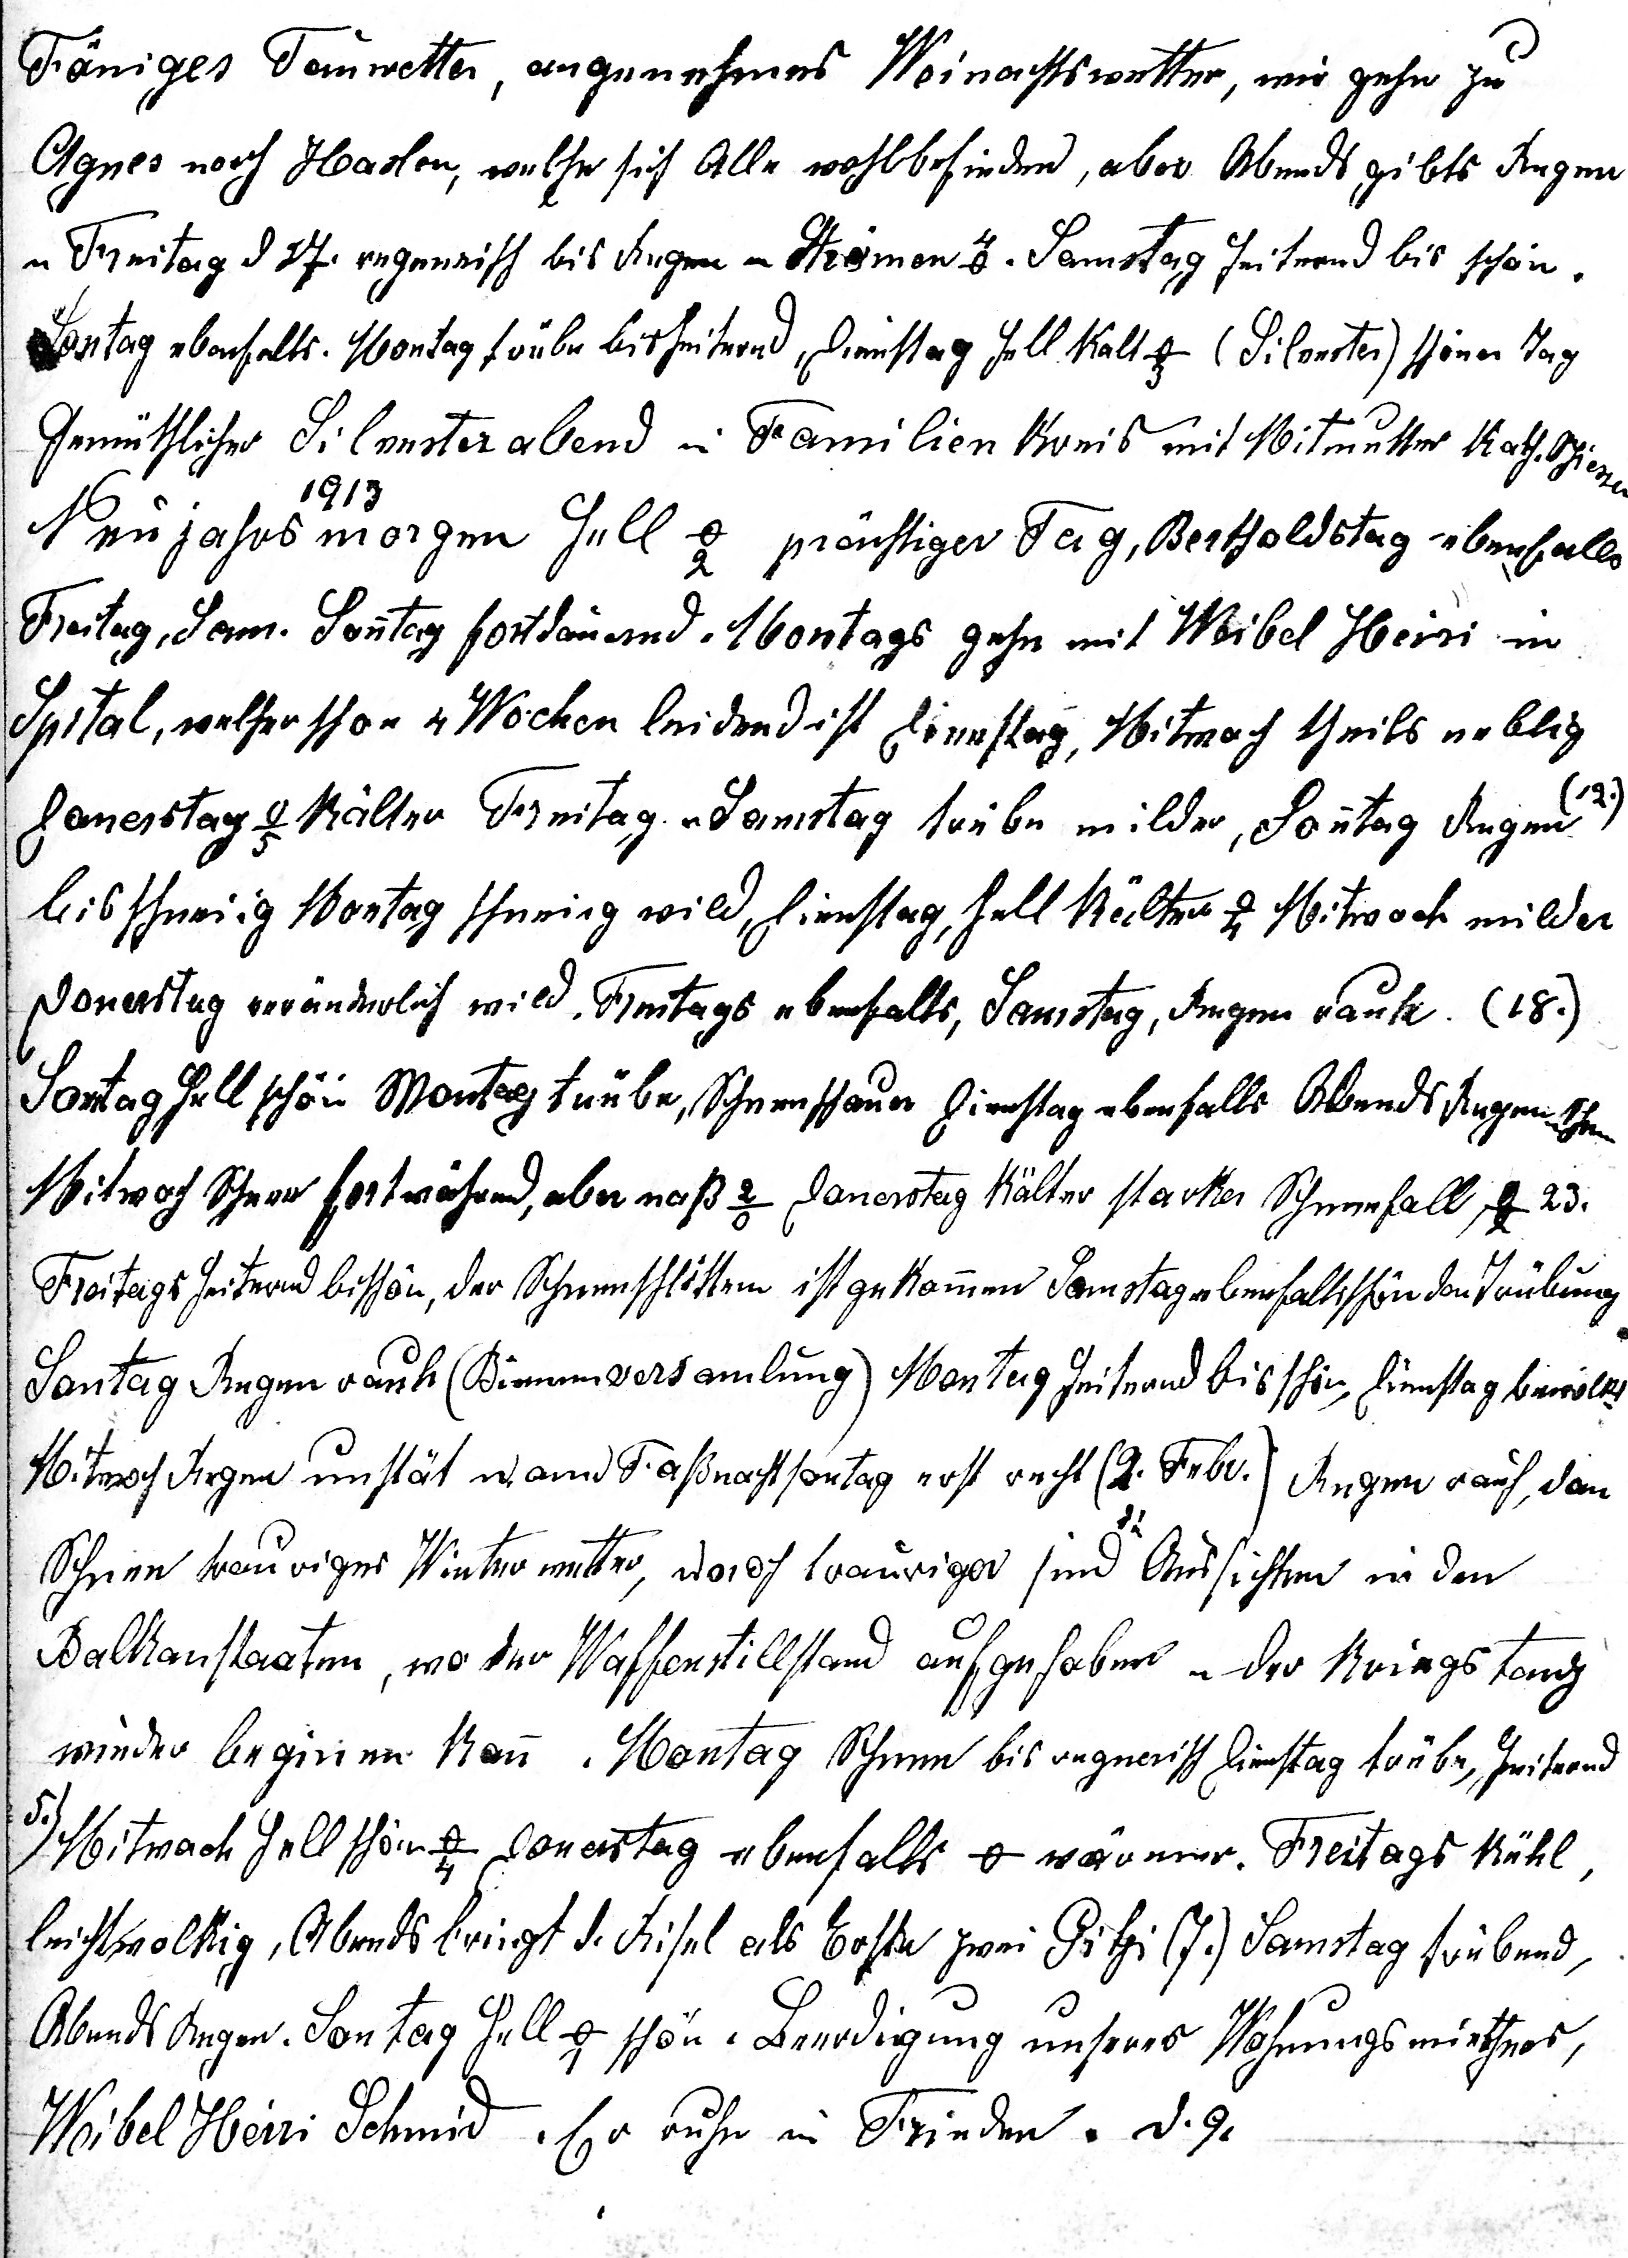
Föniges Tauwetter, angenehmes Weinachtswetter, wir gehn zu
Agnes nach Haslen, welche sich Alle wohlbefinden, aber Abends gibt’s Regen
u Freitag d.. 27. regnerisch bis Regen in Strömen. Samstag heiternd bis schön.
Sontag ebenfalls. Montag trübe bis heiternd, Dienstag hell kalt -5o (Silvester) schöner Tag
gemüthlicher Silvesterabend im Familienkreis mit Mitmutter Kath. Schiesser. 1913
19
19
Neujahrsmorgen hell -2o prächtiger Tag, Berchtholdstag ebenfalls
Freitag, Sam. Sonntag fortdauernd. Montags gehe mit Weibel Heiri in
Spital, welcher schon 4 Wochen leidend ist. Dienstag, Mitwoch theils neblig
Donerstag   -5o kälter Freitag u Samstag trübe milder, Sonntag Regen (12.)
bis schneiig Montag schneiig wild, Dienstag, hell kälter -4o Mitwoch milder
Donnerstag veränderlich wild. Freitags ebenfalls, Samstag, Regen rauh. (18.)
Sontag hell schön Montag trübe, Schneeschauer Dienstag ebenfalls Abends Regen u Schnee
Mitwoch Schnee fortwährend, aber nass 2o Donerstag kälter starker Schneefall -2o (23.)
Freitags heiternd bis schön, der Schneeschlitten ist gekommen Samstag ebenfalls schön dan Trübung
Sontag Regen rauh (Bienenversammlung). Montag heiternd bis schön, Dienstag bewölkt
Mitwoch Regen unstät warm Fassnachtssontag erst recht (2. Febr.) Regen rauh, dan
Schnee trauriges Winterwetter, u noch trauriger sind die Aussichten in den
Balkanstaaten, wo der Waffenstillstand aufgehoben u der Kriegstanz
wieder beginen kann. Montag Schnee bis regnerisch, Dienstag trübe, heiternd
5. Mitwoch hell schön -4o Donerstag ebenfalls 0o wärmer. Freitags kühl,
leicht wolkig, Abends bringt d. Rifel als Erste zwei Gitzi (7.) Samstag trübend,
Abends Regen. Sontag hell -1o schön. Beerdigung unseres Wohnungsmieters
Weibel Heiri Schmid. Er ruhe in Frieden. d.9.